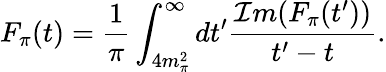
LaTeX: F_{\pi}(t)=\frac{1}{\pi}\int_{4m_{\pi}^{2}}^{\infty}dt^{\prime}\frac{{\cal I}m(F_{\pi}(t^{\prime}))}{t^{\prime}-t}.